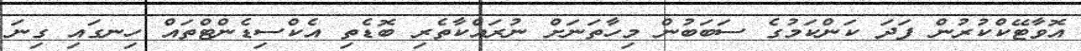
އޮވާޓޭކްކުރުން ފަދަ ކަންކަމުގެ ސަބަބުން މިހާތަނަށް ނުރައްކާތެރި ބޮޑެތި އެކްސިޑެންޓްތައް ހިނގައި ގިނަ